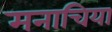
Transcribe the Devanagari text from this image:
मनाचिया